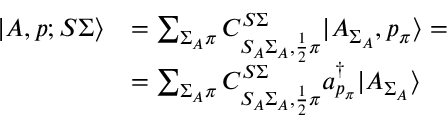
\begin{array} { r l } { | A , p ; S \Sigma \rangle } & { = \sum _ { \Sigma _ { A } \pi } C _ { S _ { A } \Sigma _ { A } , \frac { 1 } { 2 } \pi } ^ { S \Sigma } | A _ { \Sigma _ { A } } , p _ { \pi } \rangle = } \\ & { = \sum _ { \Sigma _ { A } \pi } C _ { S _ { A } \Sigma _ { A } , \frac { 1 } { 2 } \pi } ^ { S \Sigma } a _ { p _ { \pi } } ^ { \dagger } | A _ { \Sigma _ { A } } \rangle } \end{array}